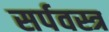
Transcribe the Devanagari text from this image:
सर्पवस्त्र